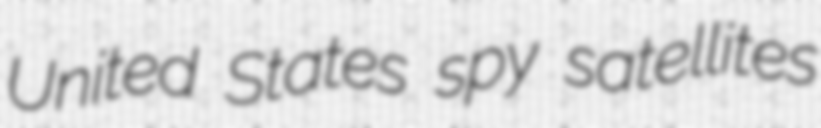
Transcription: United States spy satellites